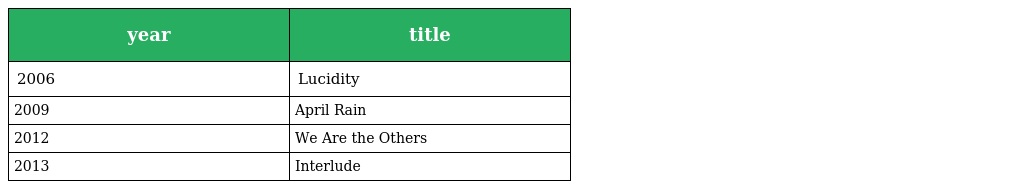
| year | title |
 | --- | --- |
 | 2006 | Lucidity |
 | 2009 | April Rain |
 | 2012 | We Are the Others |
 | 2013 | Interlude |